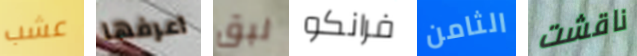
عشب اعرفها لبق فرانكو الثامن ناقشت